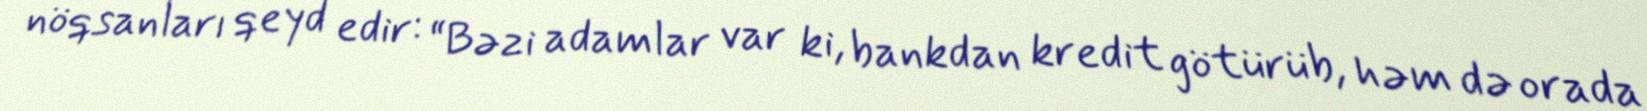
nöqsanları qeyd edir: “Bəzi adamlar var ki, bankdan kredit götürüb, həm də orada